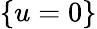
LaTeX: \{ u=0\}